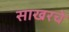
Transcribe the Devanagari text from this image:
साखरचे